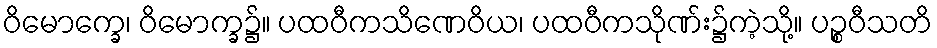
ဝိမောက္ခေ၊ ဝိမောက္ခ၌။ ပထဝီကသိဏေဝိယ၊ ပထဝီကသိုဏ်း၌ကဲ့သို့။ ပဉ္စဝီသတိ